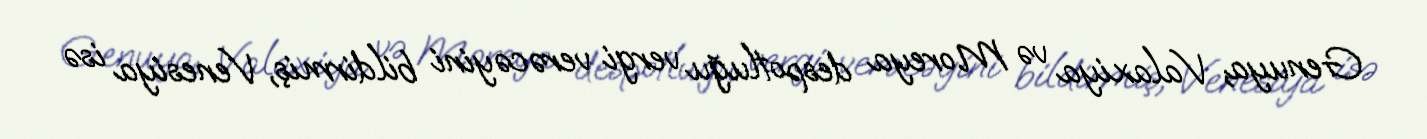
Genuya, Valaxiya və Moreya despotluğu vergi verəcəyini bildirmiş, Venesiya isə